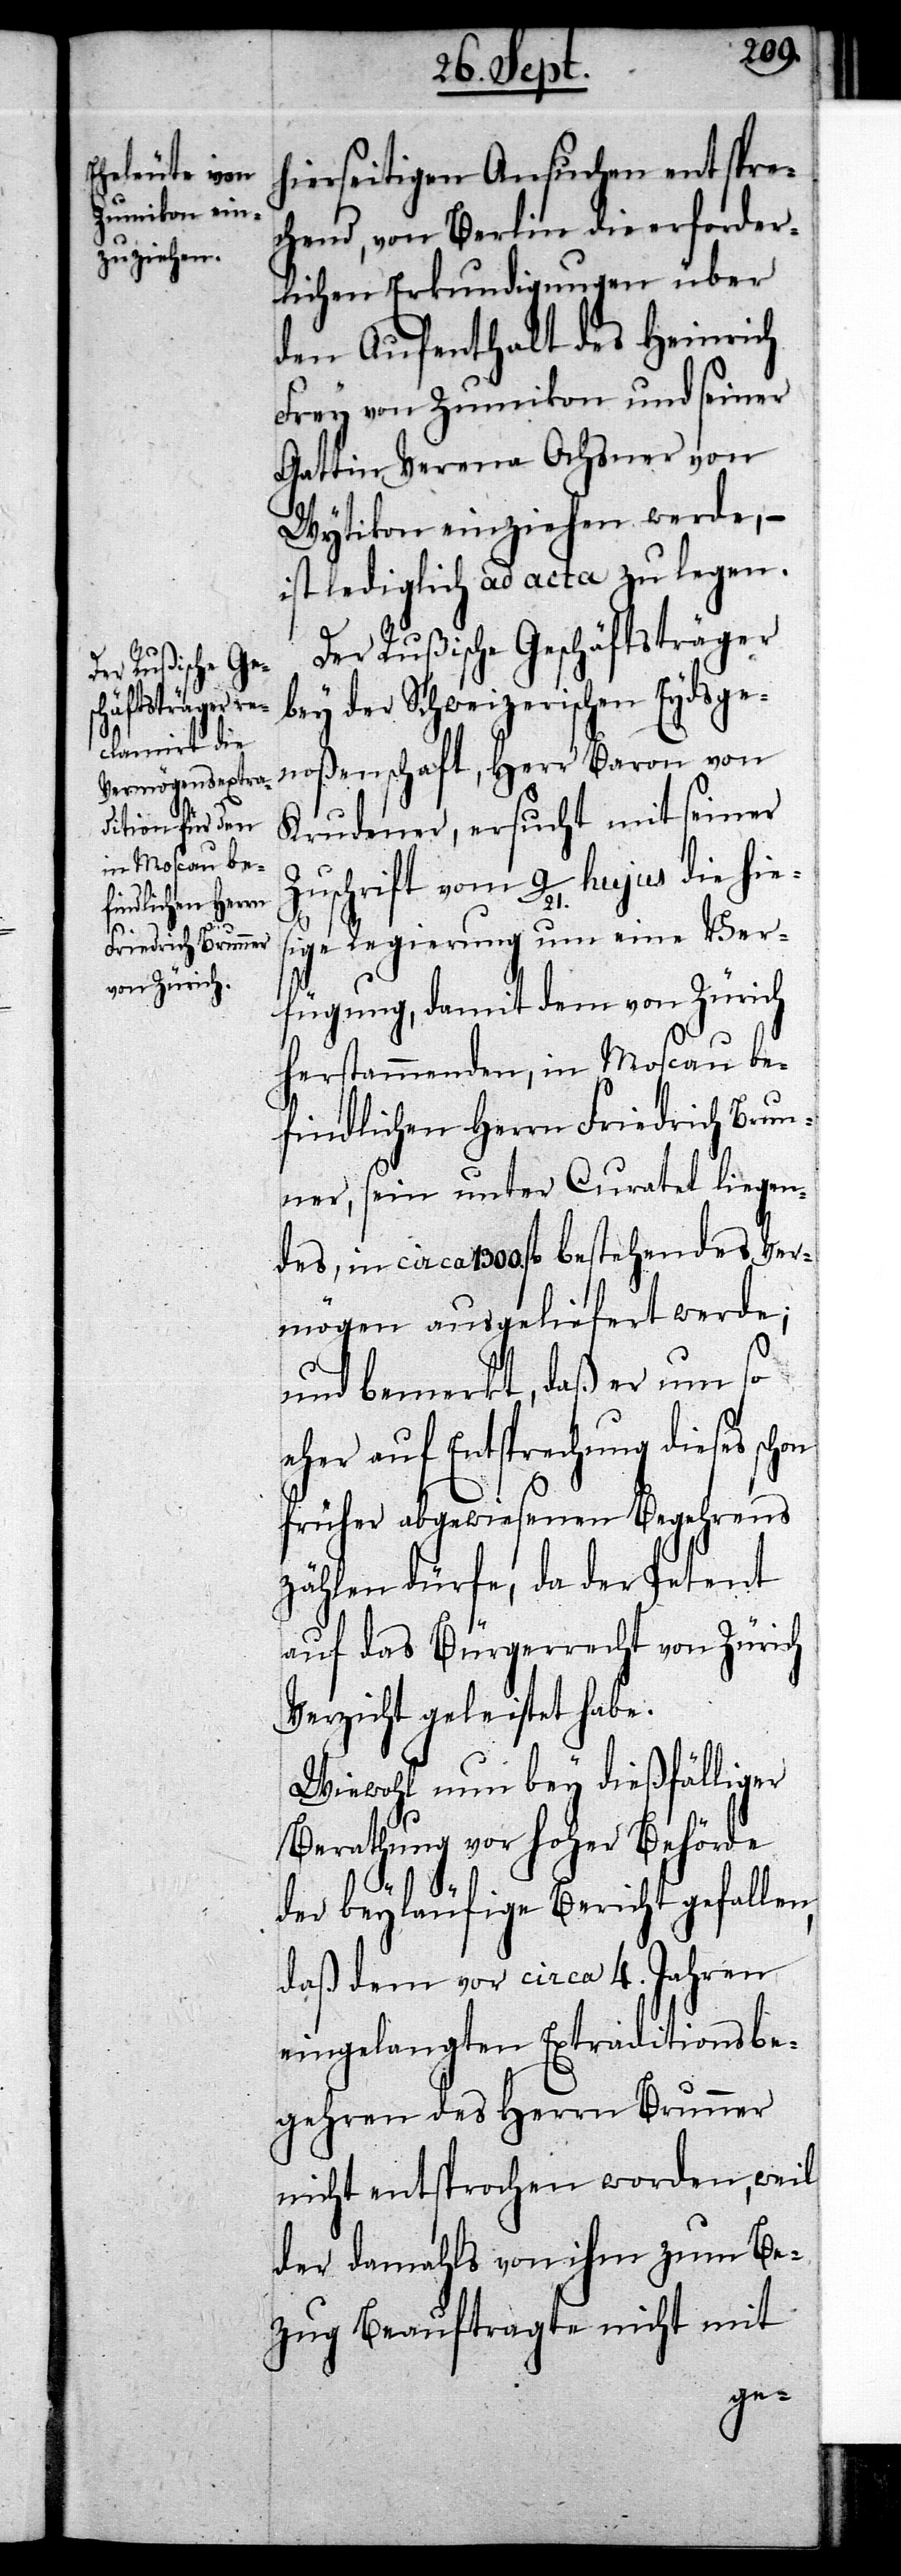
Ver¬

hierseitigen Ansuchen entspre¬
chend, von Berlin die erforder¬
lichen Erkundigungen über
den Aufenthalt des Heinrich
Frey von Zumikon und seiner
Gattin Verena Ochsner von
Wytikon einziehen werde, –
ist lediglich ad acta zu legen.
Der Rußische Geschäftsträger
bey der Schweizerischen Eydsge¬
noßenschaft, Herr Baron von
Krudener, ersucht mit seiner
die
Regierung um eine Ver¬
fügung, damit dem von Zürich
herstammenden, in Moscau be¬
findlichen Herrn Friedrich Brun¬
ner, sein unter Curatel liegen¬
mögen ausgeliefert werde;
und bemerkt, daß er um so
eher auf Entsprechung dieses schon
früher abgewiesenen Begehrens
zählen dürfe, da der Petent
auf das Bürgerrecht von Zürich
Verzicht geleistet habe.
Wiewohl nun bey dießfälliger
Berathung vor hoher Behörde
[J. K.]
der beyläufige Bericht gefallen,
daß dem vor circa 4. Jahren
eingelangten Extraditionsbe¬
gehren des Herrn Brunner
nicht entsprochen worden, weil
der damahls von ihm zum Be¬
zug Beauftragte nicht mit